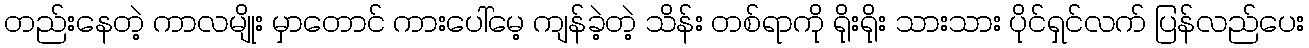
တည်းနေတဲ့ ကာလမျိုး မှာတောင် ကားပေါ်မေ့ ကျန်ခဲ့တဲ့ သိန်း တစ်ရာကို ရိုးရိုး သားသား ပိုင်ရှင်လက် ပြန်လည်ပေး